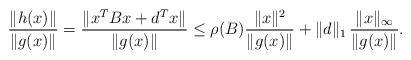
LaTeX: \begin{align*}\dfrac{\|h(x)\|}{\|g(x)\|}=\dfrac{ \|x^T B x + d^T x\|}{\|g(x)\|}\le \rho(B) \dfrac{ \|x\|^2 }{\|g(x)\|}+ \|d\|_{1}\, \dfrac{ \|x\|_{\infty}}{\|g(x)\|}.\end{align*}